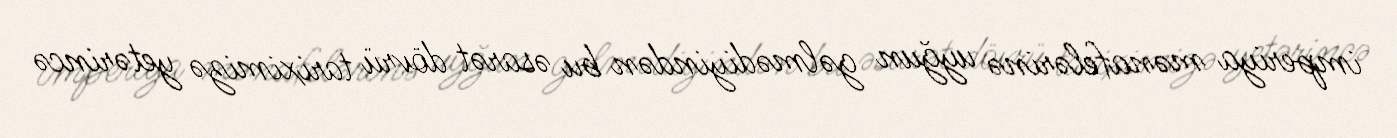
imperiya mənafelərinə uyğun gəlmədiyindən bu əsarət dövrü tariximizə yetərincə